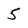
Character: 5